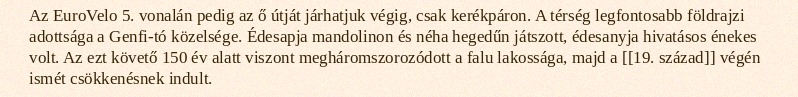
Az EuroVelo 5. vonalán pedig az ő útját járhatjuk végig, csak kerékpáron. A térség legfontosabb földrajzi adottsága a Genfi-tó közelsége. Édesapja mandolinon és néha hegedűn játszott, édesanyja hivatásos énekes volt. Az ezt követő 150 év alatt viszont megháromszorozódott a falu lakossága, majd a [[19. század]] végén ismét csökkenésnek indult.